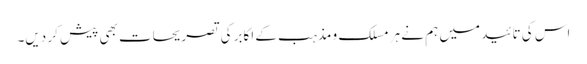
اس کی تائید میں ہم نے ہر مسلک و مذہب کے اکابر کی تصریحات بھی پیش کر دیں۔